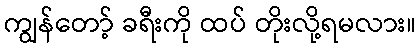
ကျွန်တော့် ခရီးကို ထပ် တိုးလို့ရမလား။